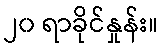
၂၀ ရာခိုင်နှုန်း။